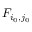
F _ { i _ { 0 } , j _ { 0 } }